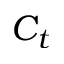
C _ { t }